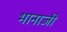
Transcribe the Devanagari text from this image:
भानाजी